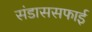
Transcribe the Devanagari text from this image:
संडाससफाई